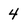
Character: 4